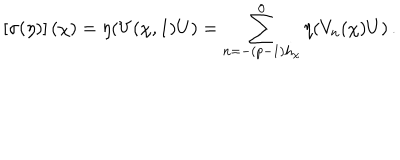
\left[ \sigma ( \eta ) \right] ( \chi ) = \eta ( V ( \chi , 1 ) U ) = \sum _ { n = - ( p - 1 ) h _ { \chi } } ^ { 0 } \eta ( V _ { n } ( \chi ) U ) \, .